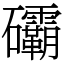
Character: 䃻